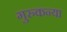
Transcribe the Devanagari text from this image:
गुरुकन्या